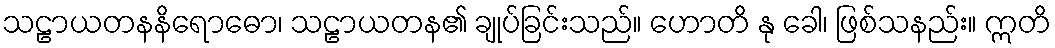
သဠာယတနနိရောဓော၊ သဠာယတန၏ ချုပ်ခြင်းသည်။ ဟောတိ နု ခေါ၊ ဖြစ်သနည်း။ ဣတိ